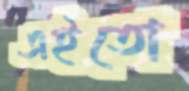
এইতো